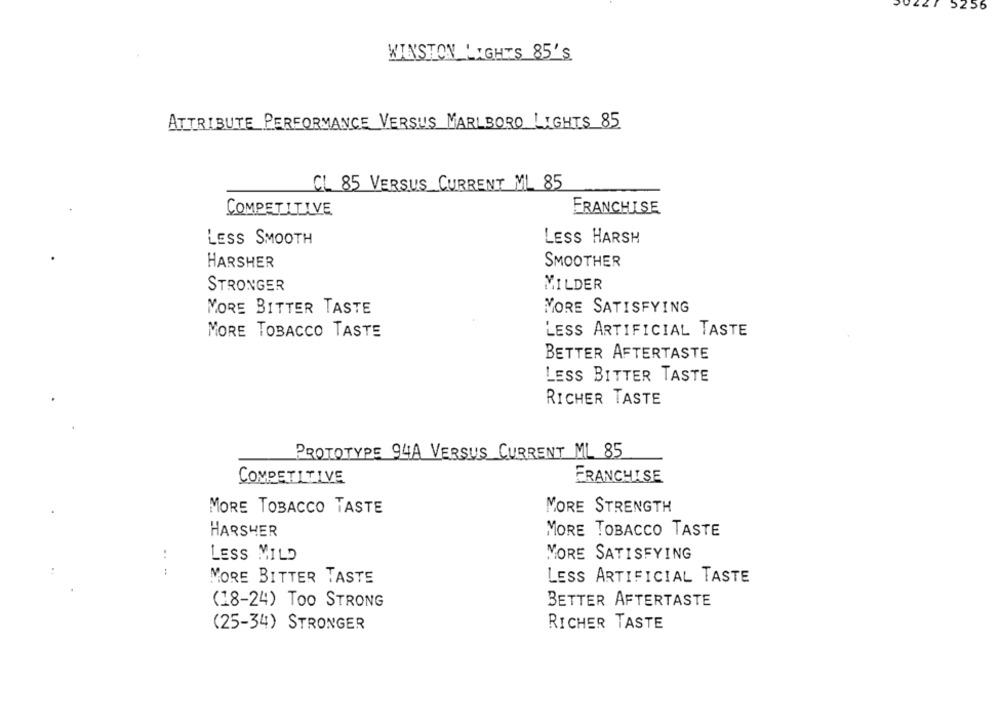
5256
WINSTON LIGHTS 85'S
ATTRIBUTE PERFORMANCE VERSUS MARLBORO LIGHTS 85
CL 85 VERSUS CURRENT ML 85
COMPETITIVE
FRANCHISE
LESS HARSH
LESS SMOOTH
HARSHER
SMOOTHER
STRONGER
MILDER
MORE BITTER TASTE
MORE SATISFYING
MORE TOBACCO TASTE
LESS ARTIFICIAL TASTE
BETTER AFTERTASTE
LESS BITTER TASTE
RICHER TASTE
PROTOTYPE 94A VERSUS CURRENT ML 85
COMPETITIVE
FRANCHISE
MORE STRENGTH
MORE TOBACCO TASTE
HARSHER
MORE TOBACCO TASTE
LESS MILD
MORE SATISFYING
MORE BITTER TASTE
LESS ARTIFICIAL TASTE
(18-24) Too STRONG
BETTER AFTERTASTE
(25-34) STRONGER
RICHER TASTE